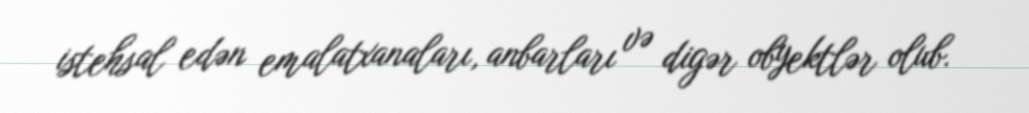
istehsal edən emalatxanaları, anbarları və digər obyektlər olub.